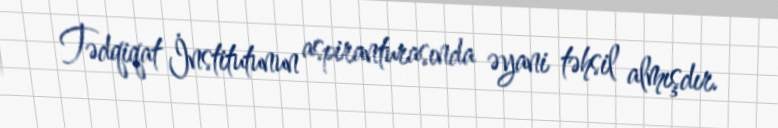
Tədqiqat İnstitutunun aspiranturasında əyani təhsil almışdır.